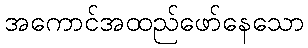
အကောင်အထည်ဖော်နေသော